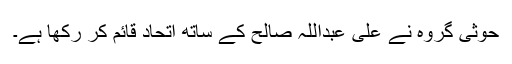
حوثی گروہ نے علی عبداللہ صالح کے ساتھ اتحاد قائم کر رکھا ہے۔